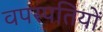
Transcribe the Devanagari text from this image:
वपस्पतियों